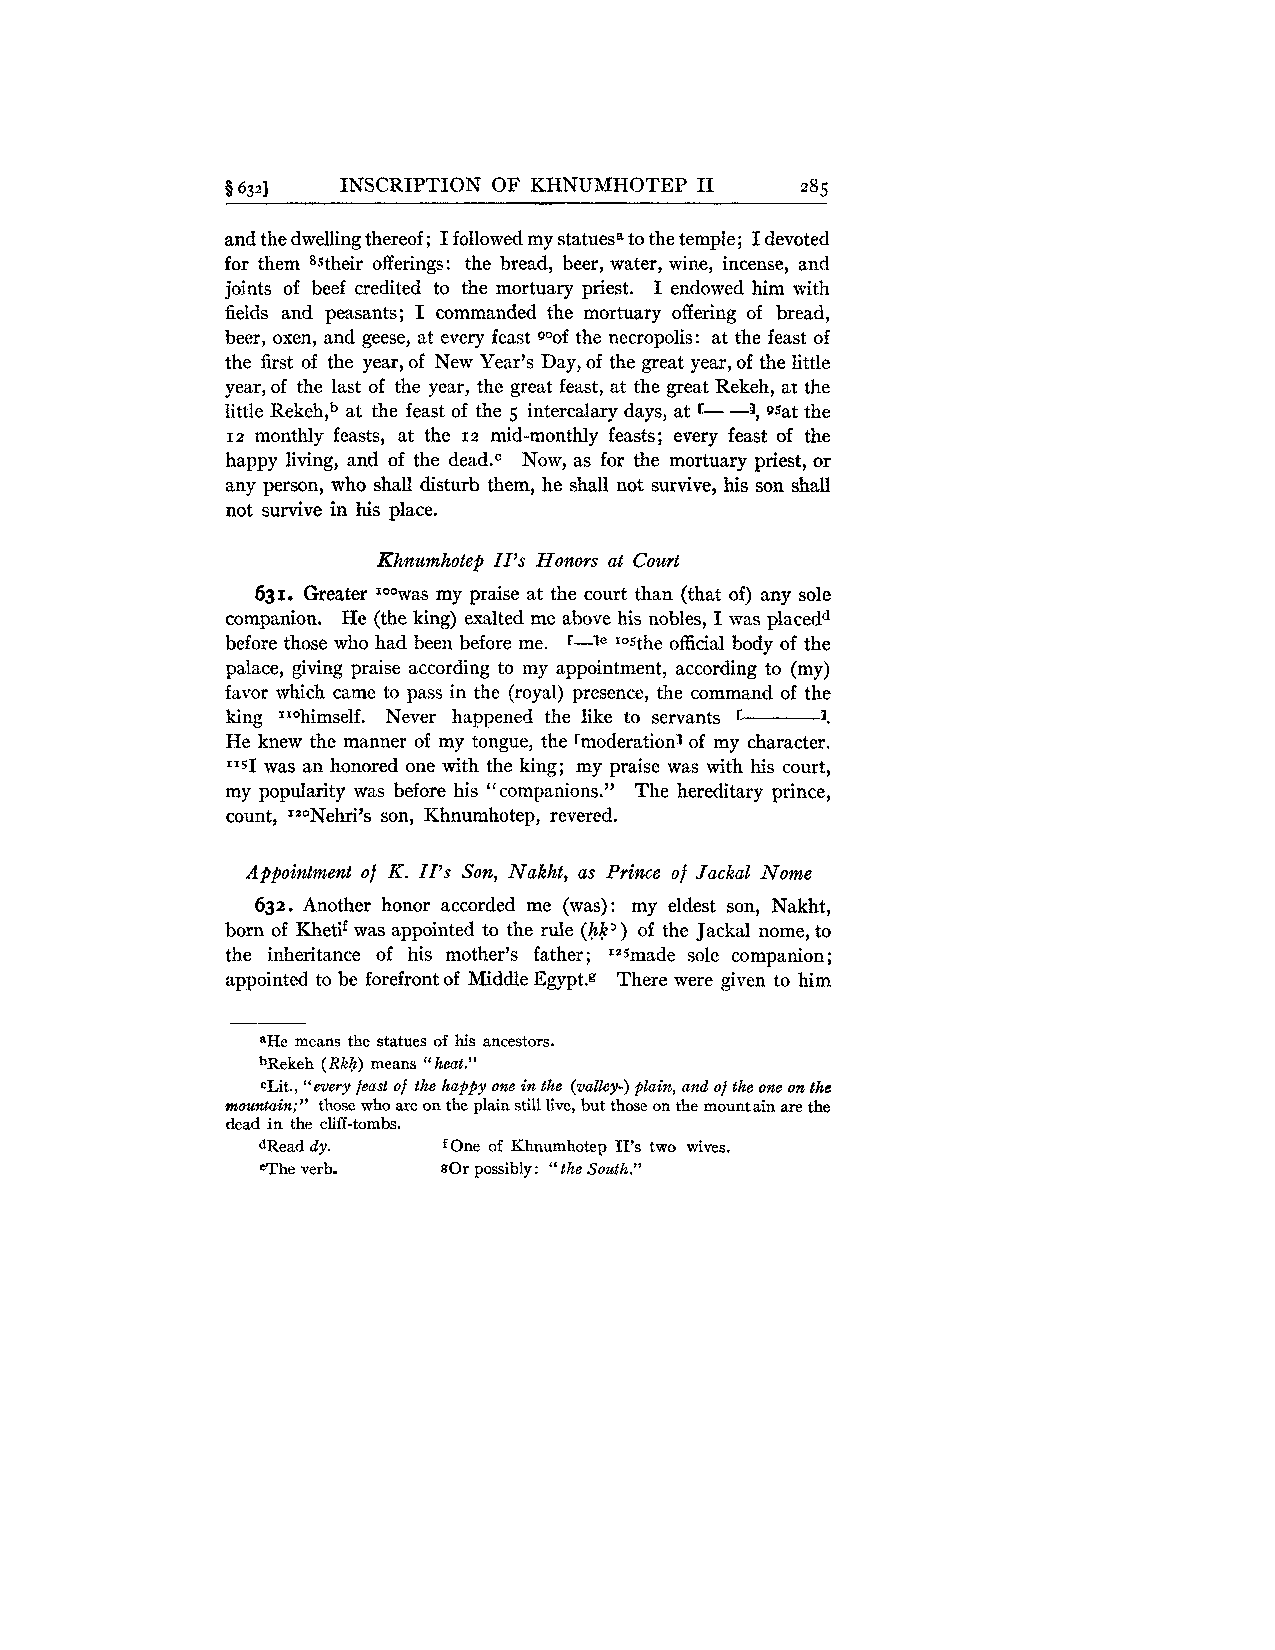
8 6321  INSCRIPTION OF KHNUMHOTEP I1  285
 and the dwelliilg thereof; I followed my statuesa to the temple; I devoted
 for them 8jtheir offerings: the bread, beer, water, wine, incense, and
 joints of beef credited to the mortuary priest. I endowed him with
 fields and peasants; I commanded the mortuary offering of bread,
 beer, oxen, and geese, at every feast goof the necropolis: at the feast of
 the first of the year, of New Year's Day, of the great year, of the little
 year, of the last of the year, the great feast, at the great Rekeh, at the
 little Rek~ha,t~ t he feast of the 5 intercalary days, at r- -3, 95at the
 12 monthly feasts, at the 12 mid-monthly feasts; every feast of the
 happy living, and of the dead.c Now, as for the mortuary priest, or
 any person, who shall disturb them, he shall not survive, his son shall
 not survive in his place.
 Khnumhotep II's Honors at Court
 631. Greater IoOwasm y praise at the court than (that of) any sole
 companion. He (the king) exalted me ahove his nobles, I was placedd
 before those who had been before me. r-le losthe official body of the
 palace, giving praise according to my appointment, according to (my)
 favor which came to pass in the (royal) presence, the command of the
 king ""himself. Never happened the like to servants r 1.
 He knew the manner of my tongue, the rmoderationl of my character.
 1rsI was an honored one with the king; my praise was with his court,
 my popularity was before his "companions." The hereditary prince,
 count, IaONehri's son, Khnumhotep, revered.
 Appointment of K. II's Son, Nakht, as Prince of Jackal Nome
 632. Another honor accorded me (was): my eldest son, Nakht,
 born of Khetif was appointed to the rule (hk') of the Jackal nome, to
 the inheritance of his mother's father; 12smade sole companion;
 appointed to be forefront of Middle Egypt.g There were given to him
 =He means the statues of his ancestors.
 bRekeh (Rkh) means "heat."
 cLit., "every feast of the happy one in the (valley-) plain, and of the one on the
 mountain;" those who are on the plain still live, but those on the mountain are the
 dead in the cliff-tombs.
 dRead dy.   fOne of Khnumhotep 11's two wives.
 eThe verb.  g0r possibly: " the South."